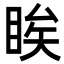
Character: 䀵